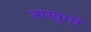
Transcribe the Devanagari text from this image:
नाखुनों